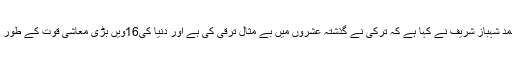
تقریب سے خطاب میں محمد شہباز شریف نے کہا ہے کہ ترکی نے گذشتہ عشروں میں بے مثال ترقی کی ہے اور دُنیا کی16ویں بڑی معاشی قوت کے طور پر اُبھر کر سامنے آیا ہے۔